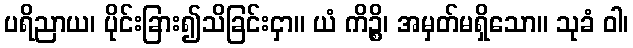
ပရိညာယ၊ ပိုင်းခြား၍သိခြင်းငှာ။ ယံ ကိဉ္စိ၊ အမှတ်မရှိသော။ သုခံ ဝါ၊